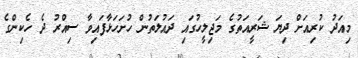
މިއަދު ކުރިއަށް ދިޔަ ޝަރީއަތުގެ މަޖިލީހުގައި ދައުލަތުން ހުށަހަޅާފައިވާ ސިއްރު ދެ ހެކިންގެ